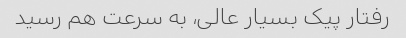
رفتار پیک بسیار عالی، به سرعت هم رسید